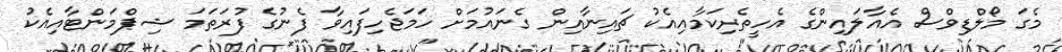
މެގަ މޯލްޑިވްސް އެއާލައިންގެ އެހީތެރިކަމާއިއެކު ޗައިނާއިން ގެނައުމަށް ހަމަޖެހިފައިވާ ފެނުގެ ފުރަތަމަ ޝިޕްމަންޓާއިއެކު